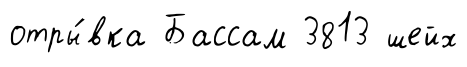
отры́вка Бассам 3813 шейх